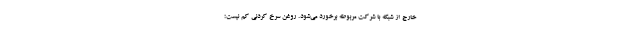
خارج از شبکه با شرکت مربوطه برخورد می‌شود. روغن سرخ کردنی کم نیست؛